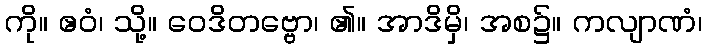
ကို။ ဧဝံ၊ သို့။ ဝေဒိတဗ္ဗော၊ ၏။ အာဒိမှိ၊ အစ၌။ ကလျာဏံ၊